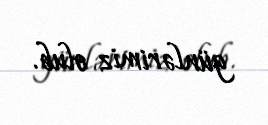
günlərimiz olub.